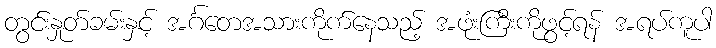
တွင်းနှုတ်ခမ်းနှင့် အင်္ဂတေအသားကိုက်နေသည့် အဖုံးကြီးကိုဖွင့်ရန် အရပ်ကူပါ